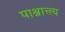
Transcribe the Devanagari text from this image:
पाश्चात्त्त्य